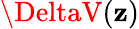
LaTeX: \DeltaV(\mathbf{z})